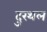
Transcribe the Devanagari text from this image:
दुरथल